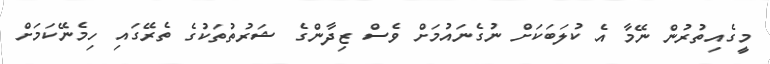
މީގެއިތުރުން ނޭމާ އެ ކުލަބަކަށް ނުގެނައުމަށް ވެސް ޒިދާންގެ ޝަރުތުތަކުގެ ތެރޭގައި ހިމެނޭކަމަށް